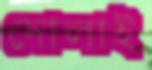
দোলাই